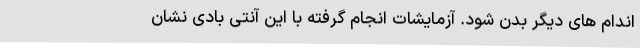
اندام های دیگر بدن شود. آزمایشات انجام گرفته با این آنتی بادی نشان